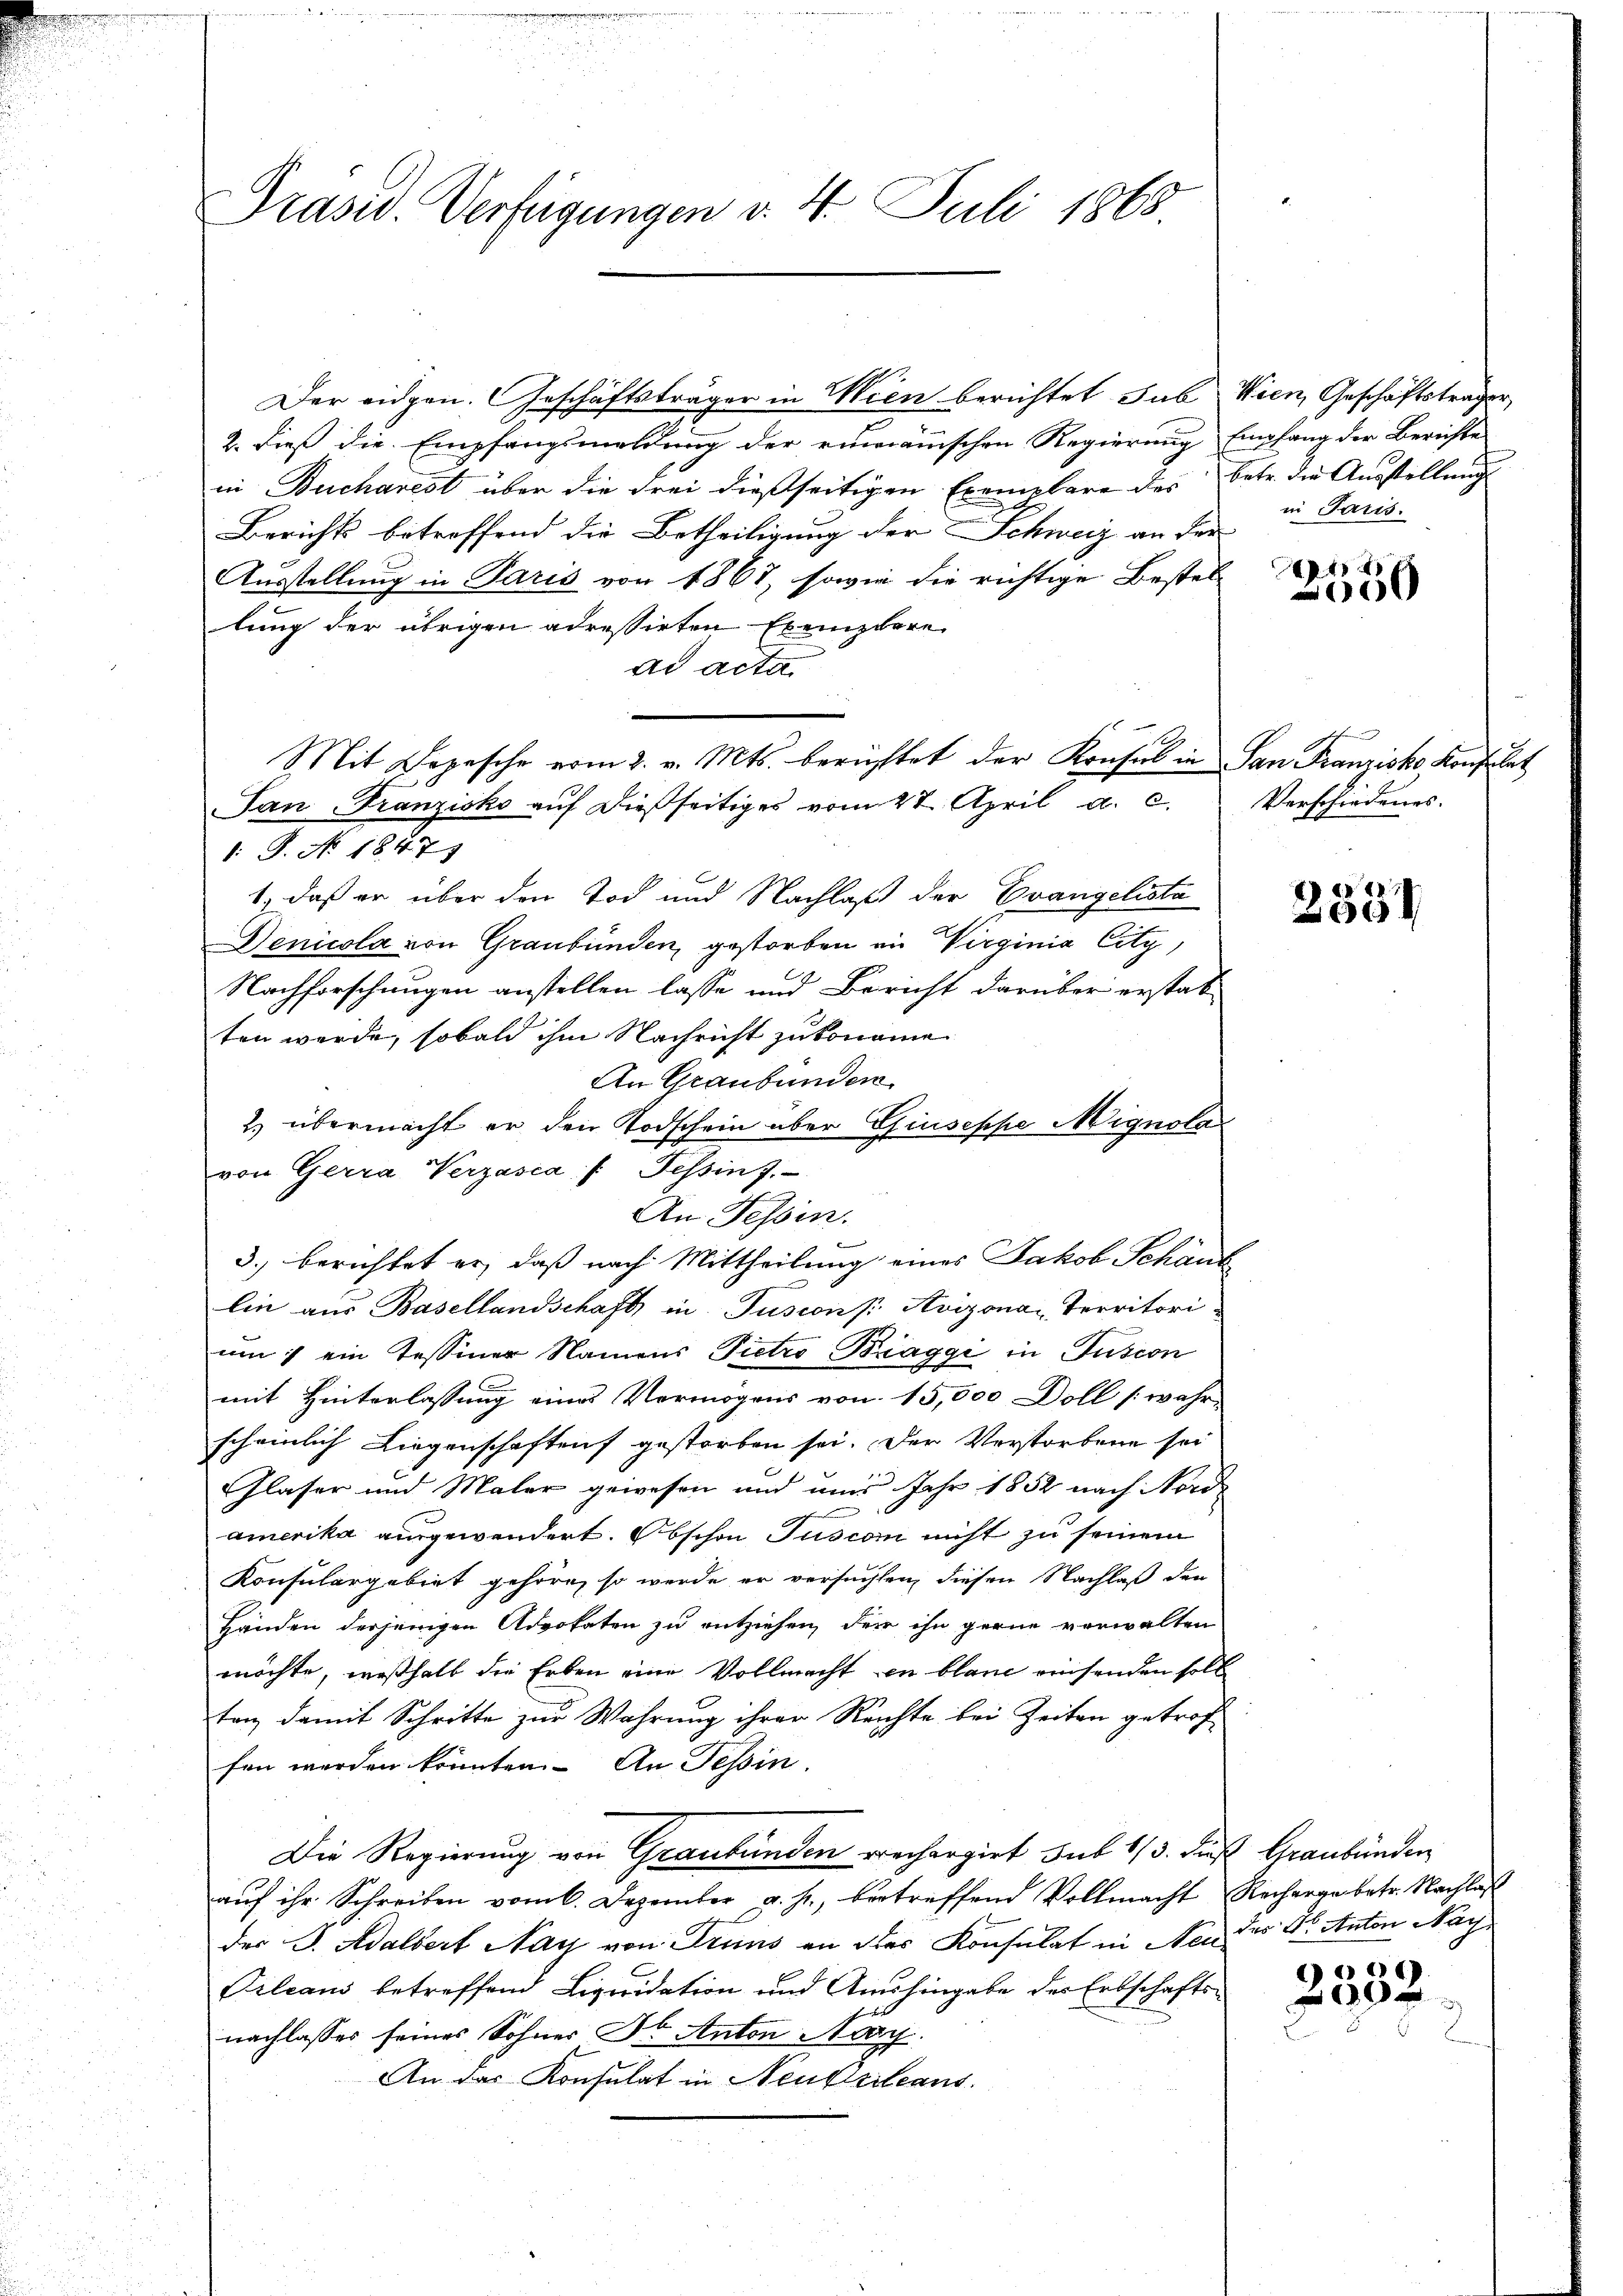
Präsid. Verfügungen v. 4. Juli 1868

Der eidgen. Geschäftsträger in Wien berichtet sub Wien, Geschäftsträger,
2. dieß die Empfangsmeldung der rumänischen Regierung
in Bucharest über die drei dießseitigen Exemplare des
Berichts betreffend die Betheiligung der Schweiz an der
Ausstellung in Paris von 1867, sowie die richtige Bestellung der übrigen adressirten Exemplare
ad acta
Mit Depesche vom 2. v. Mts. berichtet der Konsul in San Franziska Konsulat
Tan-Franzisko auf dießseitiges vom 27. April a. c.
1: P. No. 1847
1, daß er über den Tod und Nachlaß der Evangelista
Denicola von Graubünden, gestorben in Virginia City,
Nachforschungen anstellen lasse und Bericht darüber erstat
ten werde, sobald ihm Nachricht zu koname
An Graubünden
2.) übermacht er den Todschein über Giuseppe Mignola
von Gerra Verzasca /: Tessin 7.
An Tessin.
3. berichtet er, daß nach Mittheilung eines Jakob Schän
lin aus Basellandschaft in Pusions Avizona Territori
um) ein Tessiner Namens Pietro Biaggi in Fusion
mit Hinterlassung eines Vermögens von 15,000 Doll (wahr-
scheinlich Liegenschaften gestorben sei. Der Verstorbene sei
Glaser und Maler gewesen und und Jahr 1852 nach Nord
amerika ausgewendert. Obschon Juscon nicht zu seinem
Konsulargebiet gehöre, so werde er versuchten, diesen Nachlaß den
Händen derjenigen Advokaten zu entziehen, der ihn gerne verwalten
möchte, weßhalb die Erben eine Vollmacht in blaue einsenden soll
ten damit Schritte zur Wahrung ihrer Reichte bei Zeiten getrof
fen werden könnten. An Tessin.
Die Regierung von Graubünden rechargirt sub 1/3. die
aŭf ihr Schreiben vom 6. Dezember a. h., betreffend Vollmacht
der J. Adalbert Nay von Pruns an des Konsulat in Neu¬
Frleans betreffend Liquidation und Aushingabe der Erbschafts-
nachlasses seines Sohner Dr. Anton Nay.
An das Konsulat in Neuferleans

Empfang der Berichte
betr. die Ausstellung
in Paris.

45
0

Verschiedenes.

2534

Graubünden
Recharge betr. Nachlaß
des Dr. Anton Nag

2332